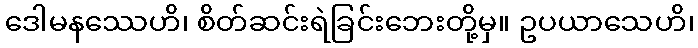
ဒေါမနဿေဟိ၊ စိတ်ဆင်းရဲခြင်းဘေးတို့မှ။ ဥပယာသေဟိ၊